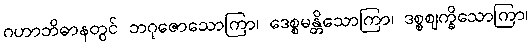
ဂဟာဘိဓာနတွင် ဘဂုဇောသောကြာ၊ ဒေစ္စမန္တိသောကြာ၊ ဒစ္စဈက္ခိသောကြာ၊